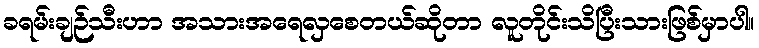
ခရမ်းချဉ်သီးဟာ အသားအရေလှစေတယ်ဆိုတာ လူတိုင်းသိပြီးသားဖြစ်မှာပါ။